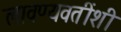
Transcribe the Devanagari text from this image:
लावण्यवतींशी